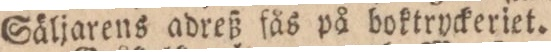
Säljarens adreß fås på boktryckeriet.